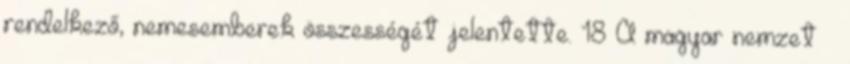
rendelkező, nemesemberek összességét jelentette. 18 A magyar nemzet –